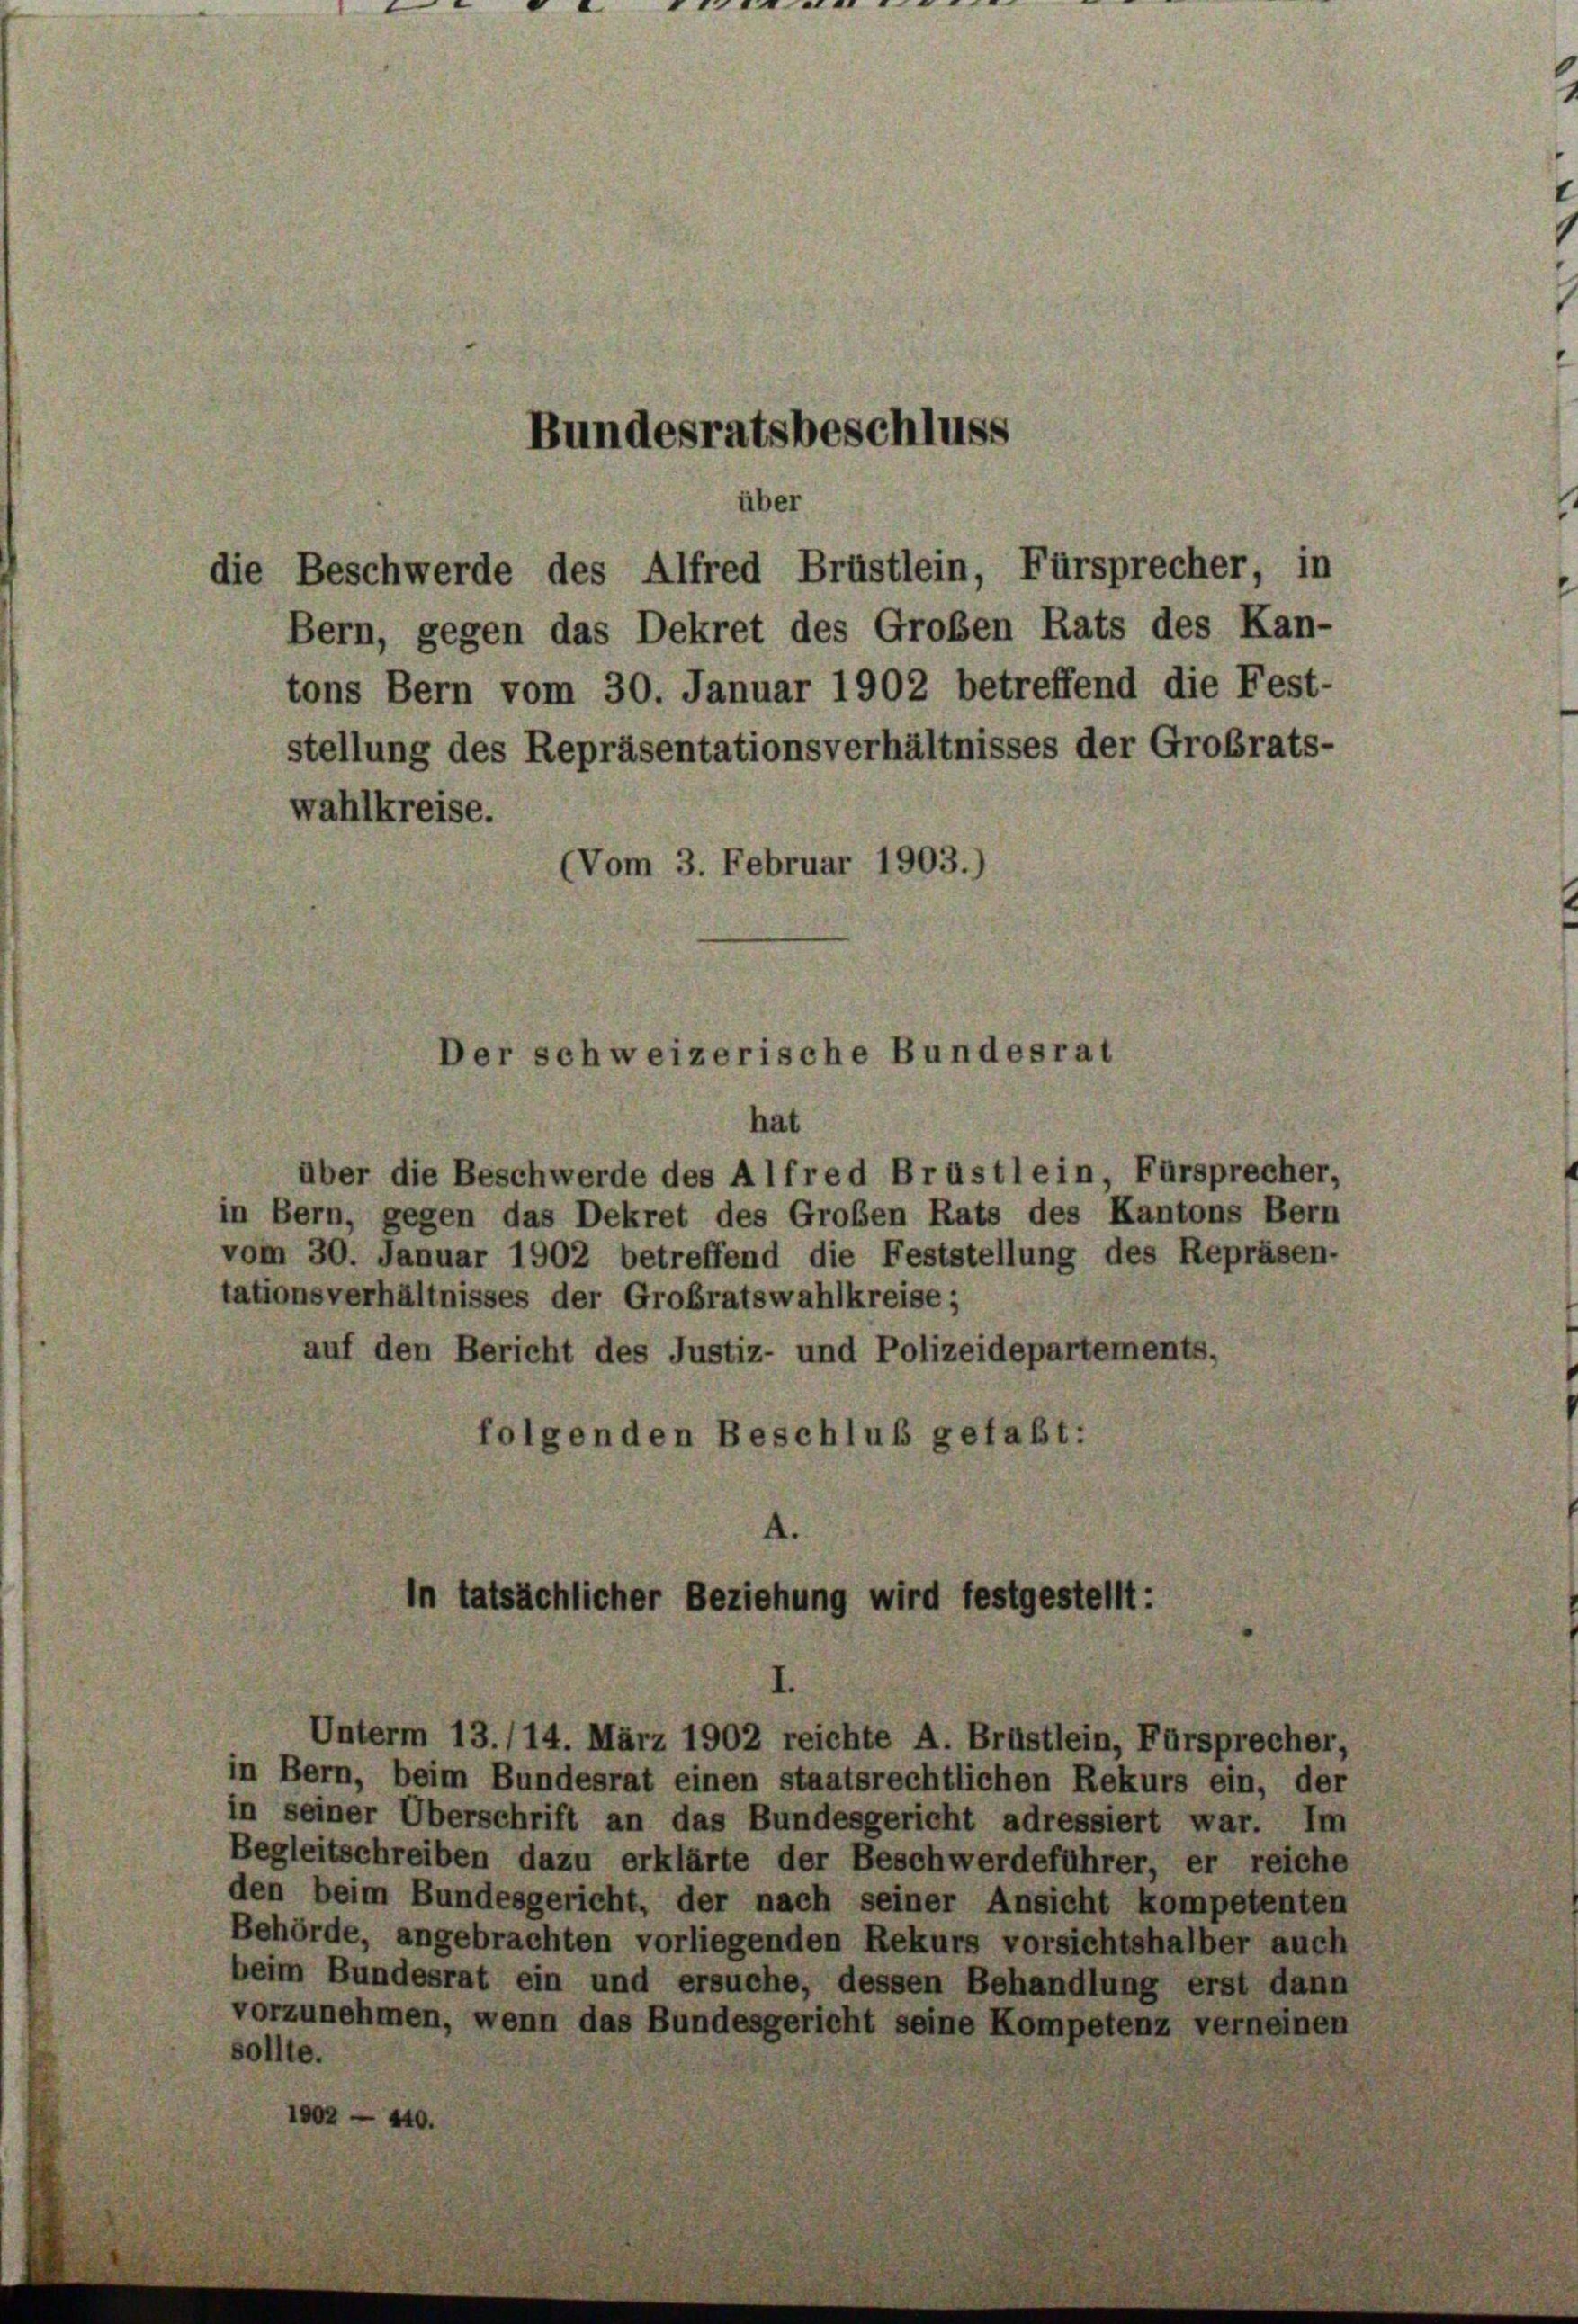
Bundesratsbeschluss

über
die Beschwerde des Alfred Brüstlein, Fürsprecher, in

Bern, gegen das Dekret des Großen Rats des Kan-
tons Bern vom 30. Januar 1902 betreffend die Fest-
stellung des Repräsentationsverhältnisses der Großrats-
wahlkreise.
(Vom 3. Februar 1903.)

Der schweizerische Bundesrat

hat
über die Beschwerde des Alfred Brüstlein, Fürsprecher,
in Bern, gegen das Dekret des Groben Rats des Kantons Bern
vom 30. Januar 1902 betreffend die Feststellung des Repräsen-
tationsverhältnisses der Grobratswahlkreise;
auf den Bericht des Justiz- und Polizeidepartements,
folgenden Beschluß gefaßt:

In tatsächlicher Beziehung wird festgestellt:

in Bern, beim Bundesrat einen staatsrechtlichen Rekurs ein, der
in seiner Überschrift an das Bundesgericht adressiert war. Im
Begleitschreiben dazu erklärte der Beschwerdeführer, er reiche
den beim Bundesgericht, der nach seiner Ansicht kompetenten
Behörde, angebrachten vorliegenden Rekurs vorsichtshalber auch
beim Bundesrat ein und ersuche, dessen Behandlung erst dann
vorzunehmen, wenn das Bundesgericht seine Kompetenz verneinen
sollte.
1002 — 440.

Unterm 13./14. März 1902 reichte A. Brüstlein, Fürsprecher,